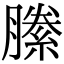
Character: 縢